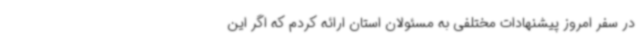
در سفر امروز پیشنهادات مختلفی به مسئولان استان ارائه کردم که اگر این